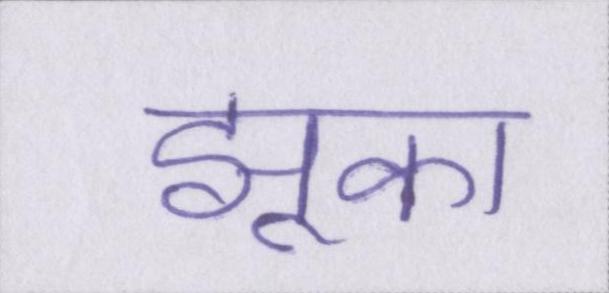
झुका